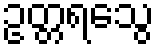
ဥတ္တရသွေ